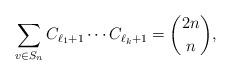
LaTeX: \begin{align*} \sum_{\substack{v \in S_n\\ }} C_{\ell_1+1}\cdots C_{\ell_k+1} = {2n \choose n},\end{align*}